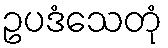
ဥပဒံသေတုံ